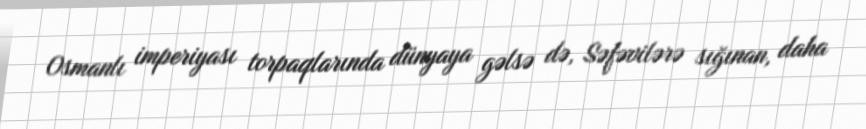
Osmanlı imperiyası torpaqlarında dünyaya gəlsə də, Səfəvilərə sığınan, daha